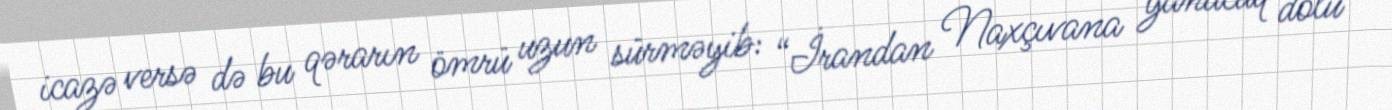
icazə versə də bu qərarın ömrü uzun sürməyib: “İrandan Naxçıvana yanacaq dolu